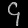
Digit: ၄